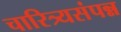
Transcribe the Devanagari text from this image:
चारित्र्यसंपन्न